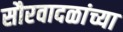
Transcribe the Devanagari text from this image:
सौरवादळांच्या